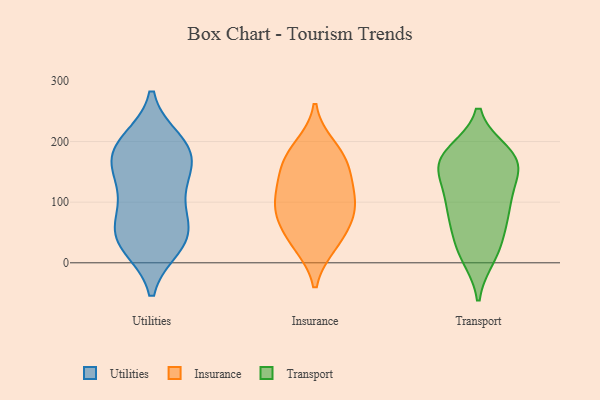
{"axis": {"x": "Backlog", "y": "Value"}, "legend": ["Insurance", "Transport", "Utilities"], "data": [{"x": "", "y": 41, "type": "Utilities"}, {"x": "", "y": 190, "type": "Utilities"}, {"x": "", "y": 56, "type": "Utilities"}, {"x": "", "y": 185, "type": "Utilities"}, {"x": "", "y": 177, "type": "Utilities"}, {"x": "", "y": 54, "type": "Utilities"}, {"x": "", "y": 139, "type": "Utilities"}, {"x": "", "y": 99, "type": "Utilities"}, {"x": "", "y": 199, "type": "Utilities"}, {"x": "", "y": 171, "type": "Utilities"}, {"x": "", "y": 123, "type": "Utilities"}, {"x": "", "y": 35, "type": "Utilities"}, {"x": "", "y": 29, "type": "Utilities"}, {"x": "", "y": 192, "type": "Insurance"}, {"x": "", "y": 168, "type": "Insurance"}, {"x": "", "y": 134, "type": "Insurance"}, {"x": "", "y": 30, "type": "Insurance"}, {"x": "", "y": 144, "type": "Insurance"}, {"x": "", "y": 86, "type": "Insurance"}, {"x": "", "y": 82, "type": "Insurance"}, {"x": "", "y": 176, "type": "Insurance"}, {"x": "", "y": 61, "type": "Insurance"}, {"x": "", "y": 32, "type": "Insurance"}, {"x": "", "y": 110, "type": "Insurance"}, {"x": "", "y": 96, "type": "Insurance"}, {"x": "", "y": 18, "type": "Transport"}, {"x": "", "y": 81, "type": "Transport"}, {"x": "", "y": 117, "type": "Transport"}, {"x": "", "y": 172, "type": "Transport"}, {"x": "", "y": 155, "type": "Transport"}, {"x": "", "y": 66, "type": "Transport"}, {"x": "", "y": 171, "type": "Transport"}, {"x": "", "y": 70, "type": "Transport"}, {"x": "", "y": 169, "type": "Transport"}, {"x": "", "y": 26, "type": "Transport"}, {"x": "", "y": 113, "type": "Transport"}, {"x": "", "y": 102, "type": "Transport"}, {"x": "", "y": 11, "type": "Transport"}, {"x": "", "y": 158, "type": "Transport"}, {"x": "", "y": 181, "type": "Transport"}, {"x": "", "y": 172, "type": "Transport"}]}